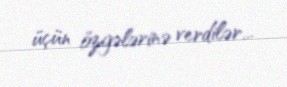
üçün özgələrinə verdilər...